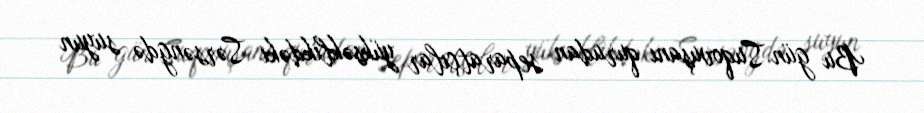
Bu gün Suqovuşanı qurudan separatçılar yüksəklikdəki Sərsəngdə suyun